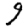
Digit: 9